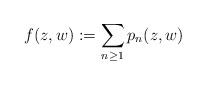
LaTeX: \begin{align*}f(z,w):=\sum_{n\ge1}p_n(z,w)\end{align*}